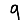
Digit: 9